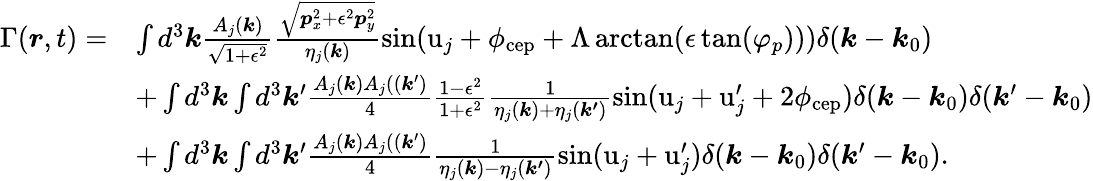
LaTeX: \begin{array}{rl}{\Gamma(\boldsymbol{r},t)=}&{\int d^{3}\boldsymbol{k}\frac{A_{j}(\boldsymbol{k})}{\sqrt{1+\epsilon^{2}}}\frac{\sqrt{\boldsymbol{p}_{x}^{2}+\epsilon^{2}\boldsymbol{p}_{y}^{2}}}{\eta_{j}(\boldsymbol{k})}\sin(\mathrm{u}_{j}+\phi_{\mathrm{cep}}+\Lambda\arctan(\epsilon\tan(\varphi_{p})))\delta(\boldsymbol{k}-\boldsymbol{k}_{0})}\\ &{+\int d^{3}\boldsymbol{k}\int d^{3}\boldsymbol{k}^{\prime}\frac{A_{j}(\boldsymbol{k})A_{j}((\boldsymbol{k}^{\prime})}{4}\frac{1-\epsilon^{2}}{1+\epsilon^{2}}\frac{1}{\eta_{j}(\boldsymbol{k})+\eta_{j}(\boldsymbol{k^{\prime}})}\sin(\mathrm{u}_{j}+\mathrm{u}_{j}^{\prime}+2\phi_{\mathrm{cep}})\delta(\boldsymbol{k}-\boldsymbol{k}_{0})\delta(\boldsymbol{k}^{\prime}-\boldsymbol{k}_{0})}\\ &{+\int d^{3}\boldsymbol{k}\int d^{3}\boldsymbol{k}^{\prime}\frac{A_{j}(\boldsymbol{k})A_{j}((\boldsymbol{k}^{\prime})}{4}\frac{1}{\eta_{j}(\boldsymbol{k})-\eta_{j}(\boldsymbol{k^{\prime}})}\sin(\mathrm{u}_{j}+\mathrm{u}_{j}^{\prime})\delta(\boldsymbol{k}-\boldsymbol{k}_{0})\delta(\boldsymbol{k}^{\prime}-\boldsymbol{k}_{0}).}\end{array}